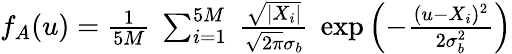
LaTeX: \begin{array}{r}{f_{A}(u)=\frac{1}{5M}~\sum_{i=1}^{5M}~\frac{\sqrt{|X_{i}|}}{\sqrt{2\pi}\sigma_{b}}~\exp{\left(-\frac{(u-X_{i})^{2}}{2\sigma_{b}^{2}}\right)}}\end{array}